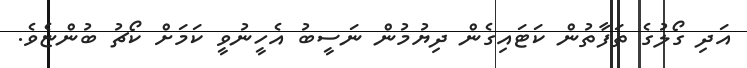
އަދި ގޯލުގެ ތަފާތުން ކަޓައިގެން ދިޔުމުން ނަސީބު އެހީނުވީ ކަމަށް ކޯޗު ބުންޏެވެ.